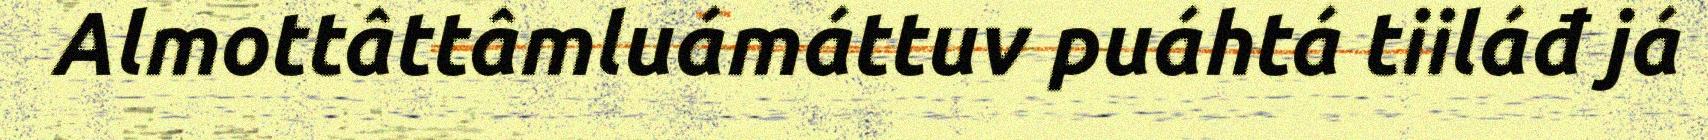
Almottâttâmluámáttuv puáhtá tiiláđ já